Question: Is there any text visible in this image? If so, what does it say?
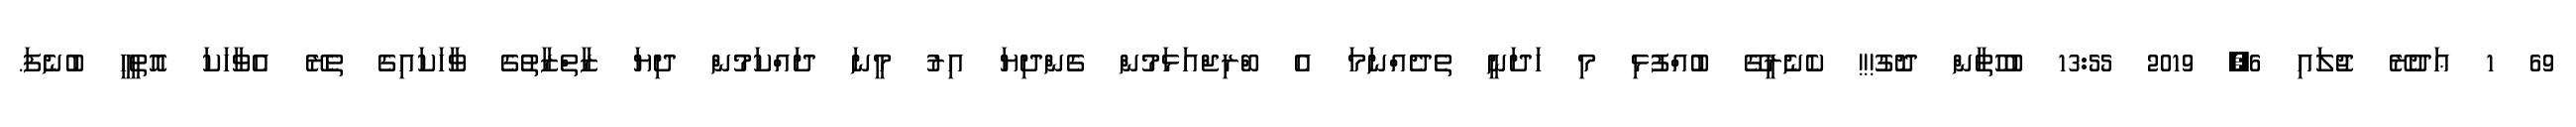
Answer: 69 1 ޢަދުރޭ ޖުލައި 6, 2019 13:55 ބުހުތާން ދޮގު!!! ކެނެރީގޭ ބުއްފުޅި މި ހަދަނީ ތެދެއްނަމަ އެ ބްރިޖްއަޅަމުން ގެންދިޔަ އިރު މީނަ ދައްކަމުން ދިޔަ ޒާތްޒާތުގެ ވާހަކައިގެ ތެރޭ އެވާހަކަ އޮތީހީ ބުނެފަ.